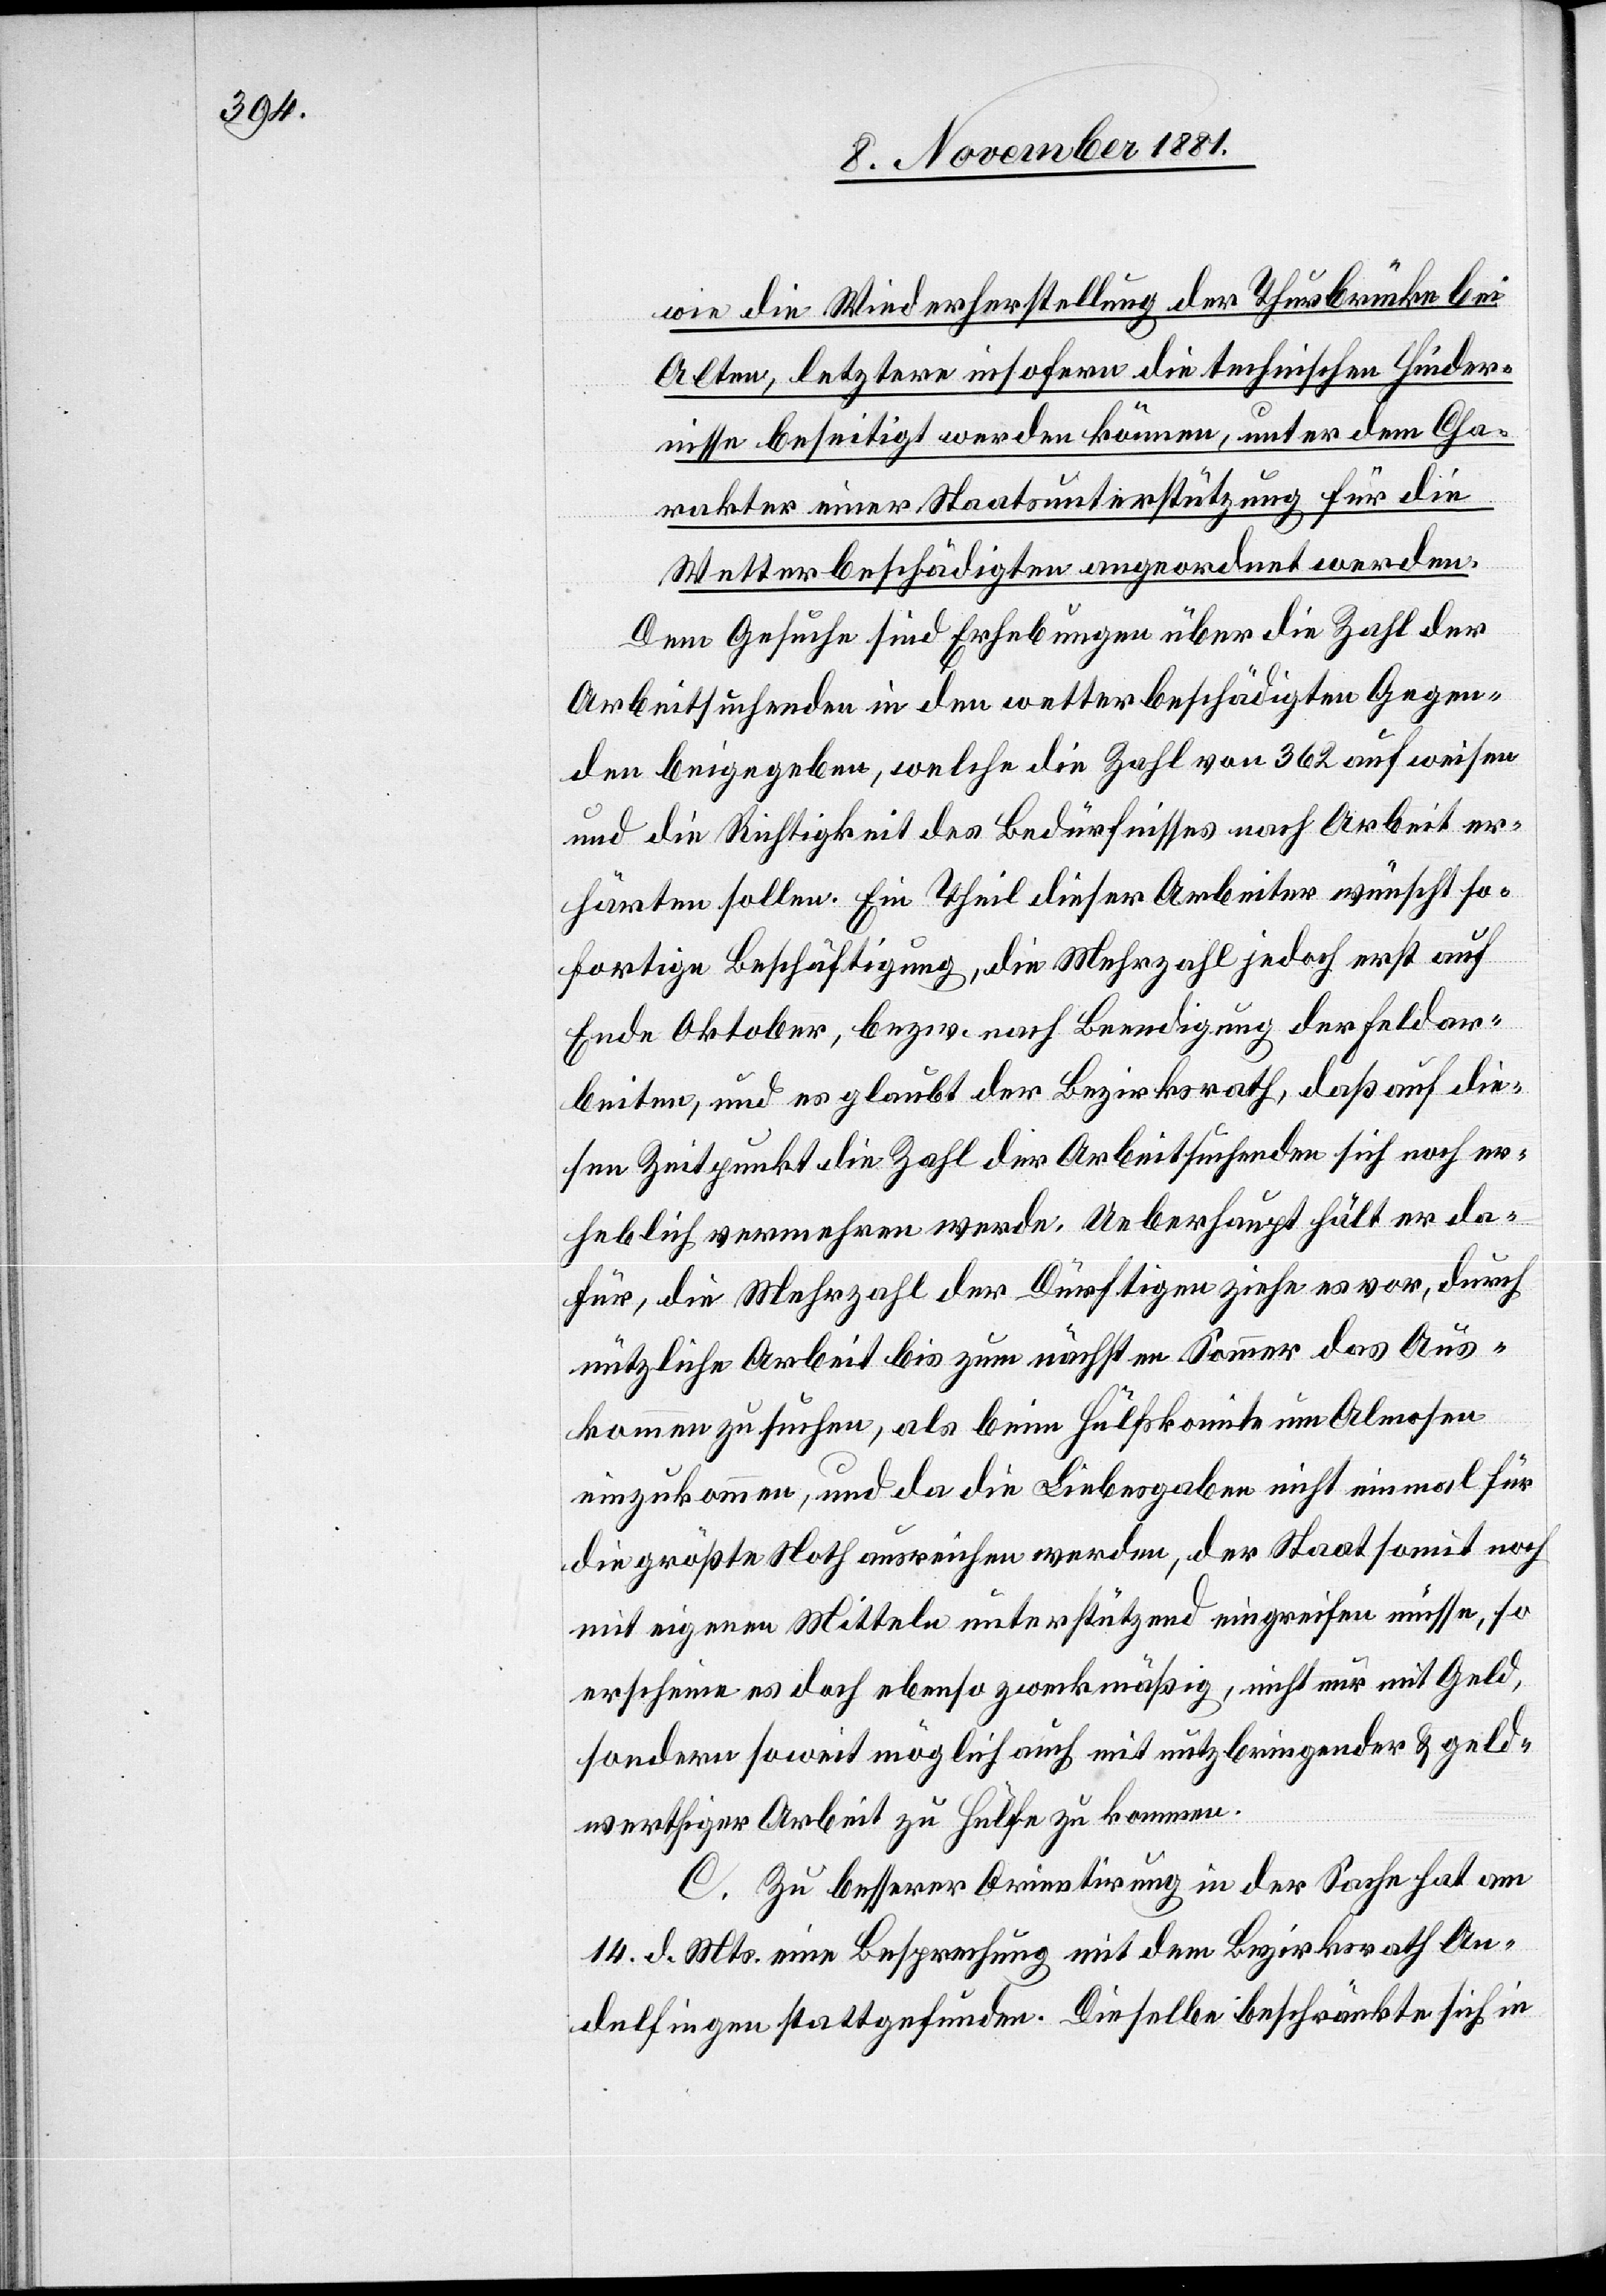
wie die Wiederherstellung der Thurbrücke bei
Alten, letztere insofern die technischen Hinder¬
nisse beseitigt werden können, unter dem Cha¬
rakter einer Staatsunterstützung für die
Wetterbeschädigten angeordnet werden.
Dem Gesuche sind Erhebungen über die Zahl der
Arbeitsuchenden in den wetterbeschädigten Gegen¬
den beigegeben, welche die Zahl von 362 aufweisen
und die Richtigkeit des Bedürfnisses nach Arbeit er¬
härten sollen. Ein Theil dieser Arbeiter wünscht so¬
fortige Beschäftigung, die Mehrzahl jedoch erst auf
Ende Oktober, bezw. nach Beendigung der Feldar¬
beiten, und es glaubt der Bezirksrath, daß auf die¬
sen Zeitpunkt die Zahl der Arbeitsuchenden sich noch er¬
heblich vermehren werde. Ueberhaupt hält er da¬
für, die Mehrzahl der Dürftigen ziehe es vor, durch
nützliche Arbeit bis zum nächsten Sommer das Aus¬
kommen zu suchen, als beim Hülfskomite um Almosen
einzukommen, und da die Liebesgaben nicht einmal für
die größte Noth ausreichen werden, der Staat somit noch
mit eigenen Mitteln unterstützend eingreifen müsse, so
erscheine es doch ebenso zweckmäßig, nicht nur mit Geld,
sondern soweit möglich auch mit nutzbringender & geld¬
wertiger Arbeit zu Hülfe zu kommen.
C. Zu besserer Orientirung in der Sache hat am
14. d. Mts. eine Besprechung mit dem Bezirksrath An¬
delfingen stattgefunden. Dieselbe beschränkte sich in